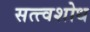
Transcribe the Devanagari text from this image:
सत्त्वशोध